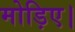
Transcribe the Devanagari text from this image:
मोड़िए।